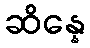
ဆိန္နေ